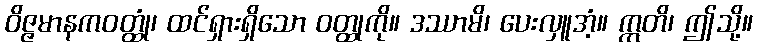
ဝိဇ္ဇမာနကဝတ္ထုံ၊ ထင်ရှားရှိသော ဝတ္ထုကို။ ဒဿာမိ၊ ပေးလှူအံ့။ ဣတိ၊ ဤသို့။